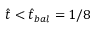
\hat { t } < \hat { t } _ { b a l } = 1 / 8